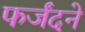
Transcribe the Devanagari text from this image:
फर्जंदने